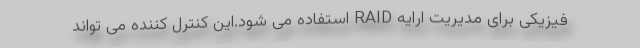
فیزیکی برای مدیریت ارایه RAID استفاده می شود.این کنترل کننده می تواند